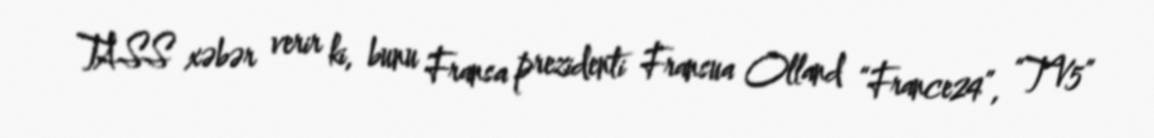
TASS xəbər verir ki, bunu Fransa prezidenti Fransua Olland “France24”, “TV5”